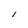
Character: I